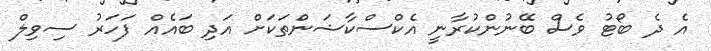
އެ ދެ ބޯޓު ވެސް ބޭނުންކުރާނީ އެކްސްކާޝަންތަކަށް އަދި ބައެއް ފަހަރު ސިވިލް